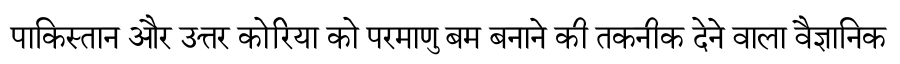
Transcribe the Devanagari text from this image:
पाकिस्तान और उत्तर कोरिया को परमाणु बम बनाने की तकनीक देने वाला वैज्ञानिक